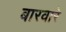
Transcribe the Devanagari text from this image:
बारवारे